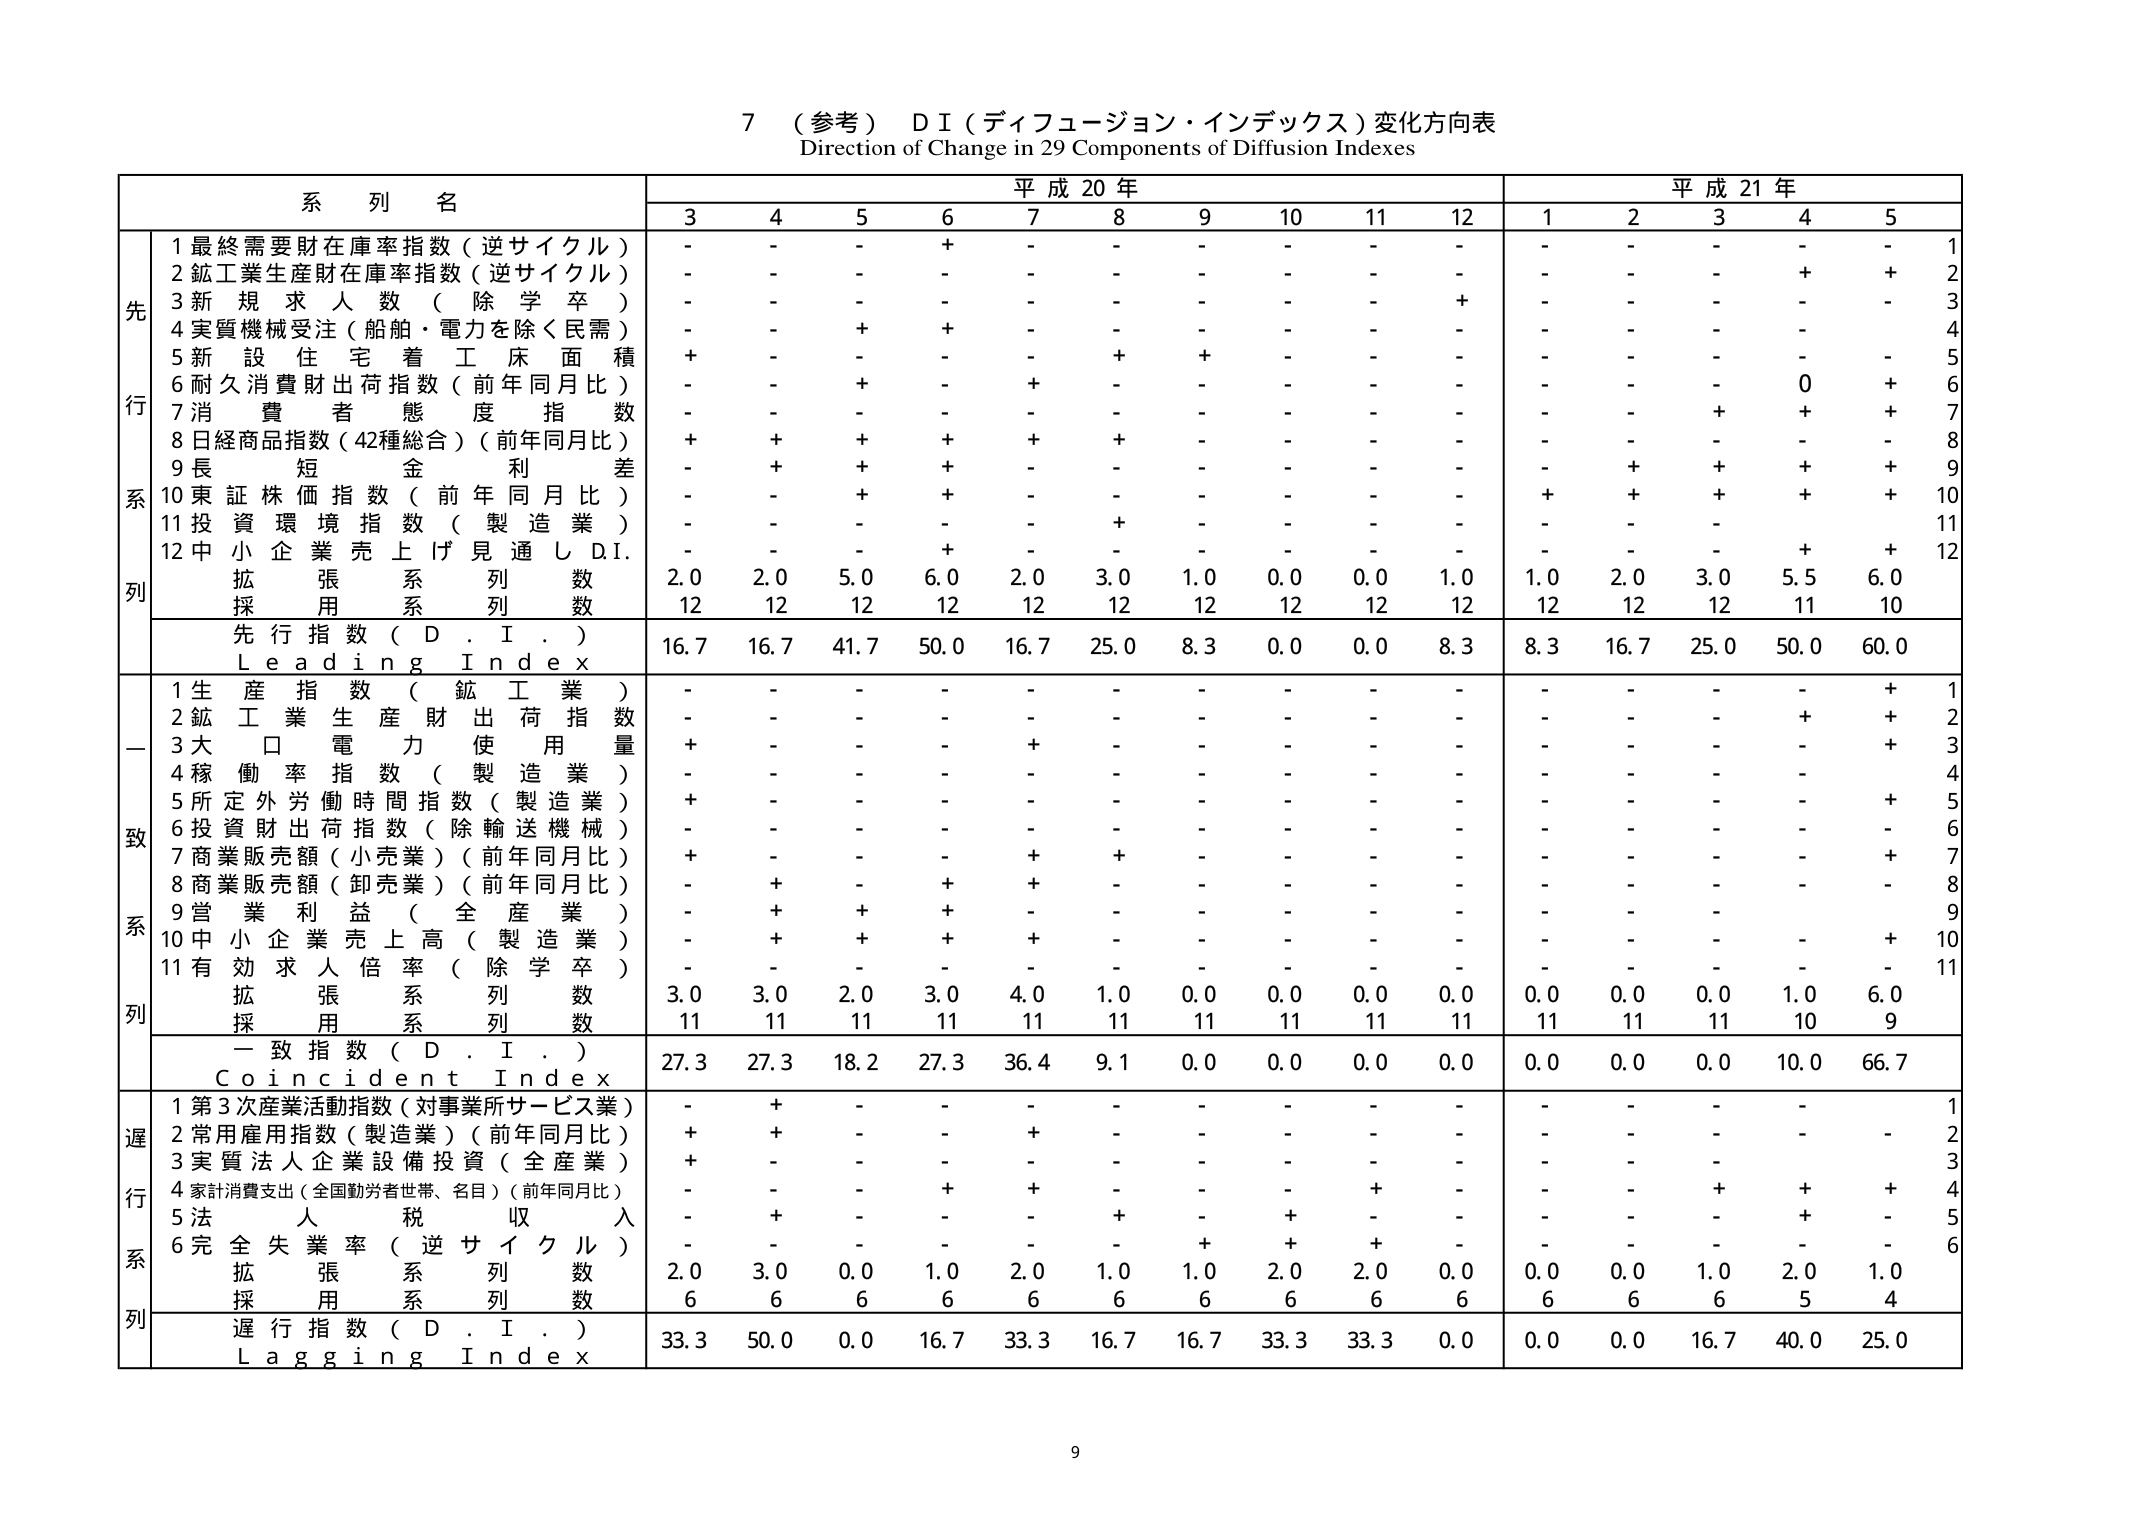
7 （参考） D I（ディフュージョン・インデックス）変化方向表
Direction of Change in 29 Components of Diffusion Indexes

系列名
平成20年
平成21年
3 4 5 6 7 8 9 10 11 12 1 2 3 4 5

先行系列
1 最終需要財在庫率指数（逆サイクル） - - - + - - - - - - - - - - - 1
2 鉱工業生産財在庫率指数（逆サイクル） - - - - - - - - - - - - - + + 2
3 新規求人数（除学卒） - - - - - - - - - + - - - - - 3
4 実質機械受注（船舶・電力を除く民需） - - + + - - - - - - - - - - - 4
5 新設住宅着工床面積 + - - - - + + - - - - - - - - 5
6 耐久消費財出荷指数（前年同月比） - - + - + - - - - - - - - 0 + 6
7 消費者態勢度指数 - - - - - - - - - - - - + + + 7
8 日経商品指数（42種総合）（前年同月比） + + + + + + - - - - - - - - - 8
9 長短金利差 - + + + - - - - - - - + + + + 9
10 東証株価指数（前年同月比） - - + + - - - - - - + + + + + 10
11 投資環境指数（製造業） - - - - - + - - - - - - - - - 11
12 中小企業売上げ見通し D.I. - - - + - - - - - - - - - + + 12
拡張系列数 2.0 2.0 5.0 6.0 2.0 3.0 1.0 0.0 0.0 1.0 1.0 2.0 3.0 5.5 6.0
採用系列数 12 12 12 12 12 12 12 12 12 12 12 12 12 11 10
先行指数（D.I.） 16.7 16.7 41.7 50.0 16.7 25.0 8.3 0.0 0.0 8.3 8.3 16.7 25.0 50.0 60.0
Leading Index

一致系列
1 生産指数（鉱工業） - - - - - - - - - - - - - - + 1
2 鉱工業生産財出荷指数 - - - - - - - - - - - - - + + 2
3 大口電力使用量 + - - - + - - - - - - - - - + 3
4 稼働率指数（製造業） - - - - - - - - - - - - - - - 4
5 所定外労働時間指数（製造業） + - - - - - - - - - - - - - + 5
6 投資財出荷指数（除輸送機械） - - - - - - - - - - - - - - - 6
7 商業販売額（小売業）（前年同月比） + - - - + + - - - - - - - - + 7
8 商業販売額（卸売業）（前年同月比） - + - + + - - - - - - - - - - 8
9 営業利益（全産業） - + + + - - - - - - - - - - - 9
10 中小企業売上高（製造業） - + + + + - - - - - - - - - + 10
11 有効求人倍率（除学卒） - - - - - - - - - - - - - - - 11
拡張系列数 3.0 3.0 2.0 3.0 4.0 1.0 0.0 0.0 0.0 0.0 0.0 0.0 0.0 1.0 6.0
採用系列数 11 11 11 11 11 11 11 11 11 11 11 11 11 10 9
一致指数（D.I.） 27.3 27.3 18.2 27.3 36.4 9.1 0.0 0.0 0.0 0.0 0.0 0.0 0.0 10.0 66.7
Coincident Index

遅行系列
1 第3次産業活動指数（対事業所サービス業） - + - - - - - - - - - - - - - 1
2 常用雇用指数（製造業）（前年同月比） + + - - + - - - - - - - - - - 2
3 実質法人企業設備投資（全産業） + - - - - - - - - - - - - - - 3
4 家計消費支出（全国勤労者世帯、名目）（前年同月比） - - - + + - - - + - - - + + + 4
5 法人税収入 - + - - - + - + - - - - - + - 5
6 完全失業率（逆サイクル） - - - - - - + + + - - - - - - 6
拡張系列数 2.0 3.0 0.0 1.0 2.0 1.0 1.0 2.0 2.0 0.0 0.0 0.0 1.0 2.0 1.0
採用系列数 6 6 6 6 6 6 6 6 6 6 6 6 6 5 4
遅行指数（D.I.） 33.3 50.0 0.0 16.7 33.3 16.7 16.7 33.3 33.3 0.0 0.0 0.0 16.7 40.0 25.0
Lagging Index

9